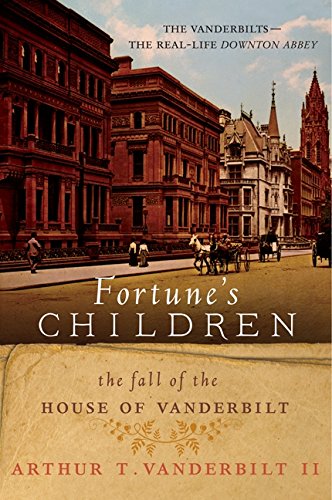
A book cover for Fortune's Children: The Fall of the House of Vanderbilt; Arthur T., II Vanderbilt; Biographies & Memoirs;